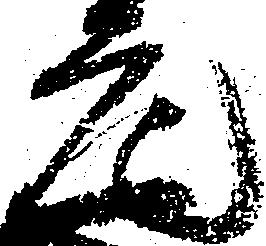
元